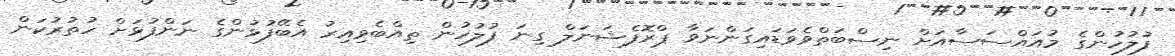
ފުލުހުންގެ މުއައްސަސާއަށް ނިސްބަތްވެވަޑައިގަންނަވާ ޕްރޮފެޝަނަލް ގިނަ ފުލުހުން ތިއްބެވިއިރު އެބޭފުޅުންގެ ނަންފުޅަށް ހުތުރުކަން